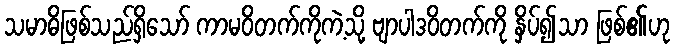
သမာဓိဖြစ်သည်ရှိသော် ကာမဝိတက်ကိုကဲ့သို့ ဗျာပါဒဝိတက်ကို နှိပ်၍သာ ဖြစ်၏ဟု